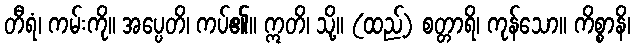
တီရံ၊ ကမ်းကို။ အပ္ပေတိ၊ ကပ်၏။ ဣတိ၊ သို့။ (ထည့်) စတ္တာရိ၊ ကုန်သော။ ကိစ္စာနိ၊